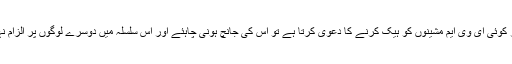
انھوں نے کہا کہ اگر کوئی ای وی ایم مشینوں کو ہیک کرنے کا دعوی کرتا ہے تو اس کی جانچ ہونی چاہئے اور اس سلسلہ میں دوسرے لوگوں پر الزام نہیں لگایا جانا چاہئے۔